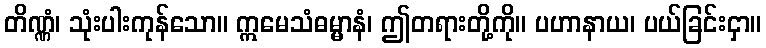
တိဏ္ဏံ၊ သုံးပါးကုန်သော။ ဣမေသံဓမ္မာနံ၊ ဤတရားတို့ကို။ ပဟာနာယ၊ ပယ်ခြင်းငှာ။